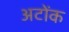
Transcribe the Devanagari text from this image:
अटोंक